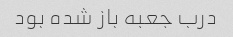
درب جعبه باز شده بود